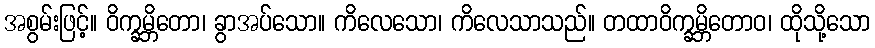
အစွမ်းဖြင့်။ ဝိက္ခမ္ဘိတော၊ ခွာအပ်သော။ ကိလေသော၊ ကိလေသာသည်။ တထာဝိက္ခမ္ဘိတောဝ၊ ထိုသို့သော